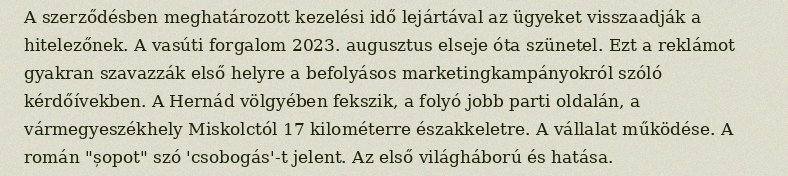
A szerződésben meghatározott kezelési idő lejártával az ügyeket visszaadják a hitelezőnek. A vasúti forgalom 2023. augusztus elseje óta szünetel. Ezt a reklámot gyakran szavazzák első helyre a befolyásos marketingkampányokról szóló kérdőívekben. A Hernád völgyében fekszik, a folyó jobb parti oldalán, a vármegyeszékhely Miskolctól 17 kilométerre északkeletre. A vállalat működése. A román "șopot" szó 'csobogás'-t jelent. Az első világháború és hatása.